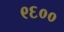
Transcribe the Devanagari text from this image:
९६००